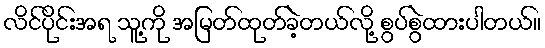
လိင်ပိုင်းအရ သူ့ကို အမြတ်ထုတ်ခဲ့တယ်လို့ စွပ်စွဲထားပါတယ်။